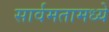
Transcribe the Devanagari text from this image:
सार्वमतामध्ये